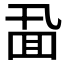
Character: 𪜖